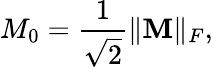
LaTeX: M_{0}=\frac{1}{\sqrt{2}}\Vert\mathbf{M}\Vert_{F},